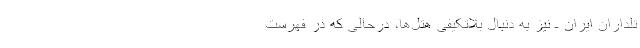
تلداران ایران ـ نیز به دنبال بلاتکیفی هتل‌ها، درحالی که در فهرست